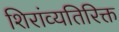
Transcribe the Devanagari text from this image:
शिरांव्यतिरिक्त